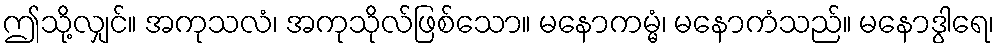
ဤသို့လျှင်။ အကုသလံ၊ အကုသိုလ်ဖြစ်သော။ မနောကမ္မံ၊ မနောကံသည်။ မနောဒွါရေ၊